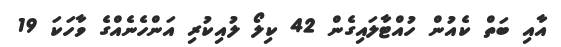
އާއި ބަތް ކެއުން ހުއްޓާލައިގެން 42 ކިލޯ ލުއިކުރި އަންހެނެއްގެ ވާހަކަ 19